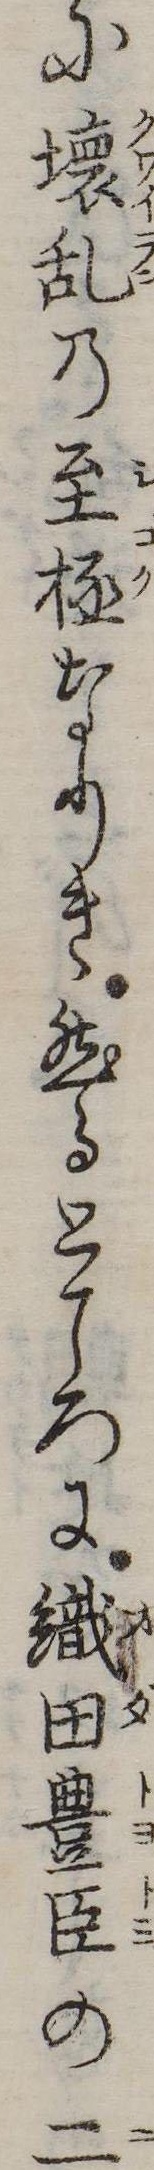
に壊乱の至極なりき然るところに織田豊臣の二